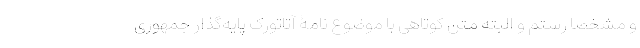
و مشخصا رستم و البته متن کوتاهی با موضوع نامۀ آتاتورک پایه‌گذار جمهوری